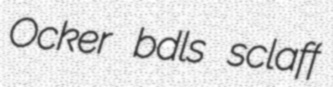
Ocker bdls sclaff